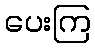
ပေးကြ